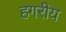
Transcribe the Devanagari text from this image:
हगरीय